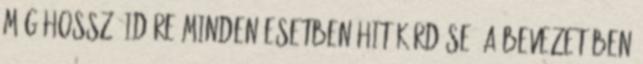
még hosszú időre minden esetben hit kérdése. A bevezetőben